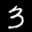
Label: 3